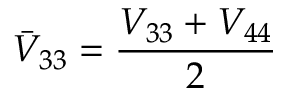
\bar { V } _ { 3 3 } = \frac { V _ { 3 3 } + V _ { 4 4 } } { 2 }